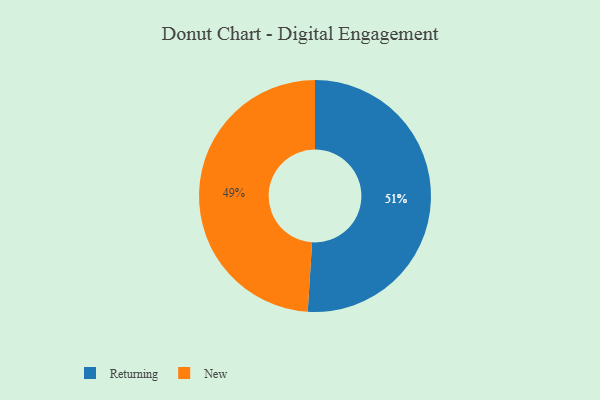
{"axis": {"x": "Category", "y": "Percentage"}, "legend": ["New", "Returning"], "data": [{"x": "Returning", "y": 51, "type": "Returning"}, {"x": "New", "y": 49, "type": "New"}]}